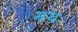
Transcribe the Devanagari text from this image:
मयः